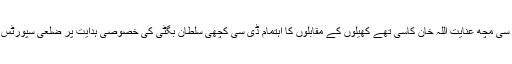
مقابلوں کے مہمان اے سی مچھ عنایت اللہ خان کاسی تھے کھیلوں کے مقابلوں کا اہتمام ڈی سی کچھی سلطان بگٹی کی خصوصی ہدایت پر ضلعی سپورٹس جمیل مستوئی نے کیا۔